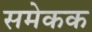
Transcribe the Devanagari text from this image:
समेकक